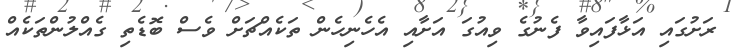
ރަށުގައި އަޅާފައިވާ ފެނުގެ ވިއުގަ އަށާއި އެހެނިހެން ތަކެއްޗަށް ވެސް ބޮޑެތި ގެއްލުންތަކެއް